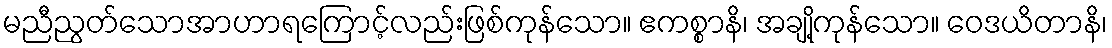
မညီညွတ်သောအာဟာရကြောင့်လည်းဖြစ်ကုန်သော။ ဧကစ္စာနိ၊ အချို့ကုန်သော။ ဝေဒယိတာနိ၊